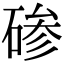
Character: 碜